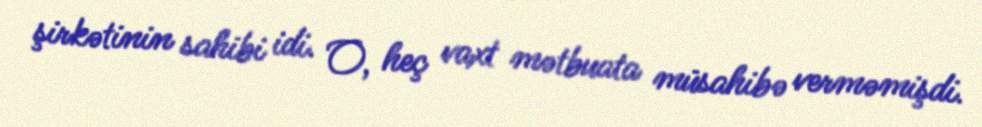
şirkətinin sahibi idi. O, heç vaxt mətbuata müsahibə verməmişdi.